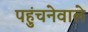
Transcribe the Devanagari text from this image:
पहुंचनेवाले